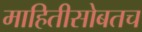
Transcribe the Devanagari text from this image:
माहितीसोबतच